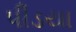
પીડયા